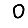
Digit: 0